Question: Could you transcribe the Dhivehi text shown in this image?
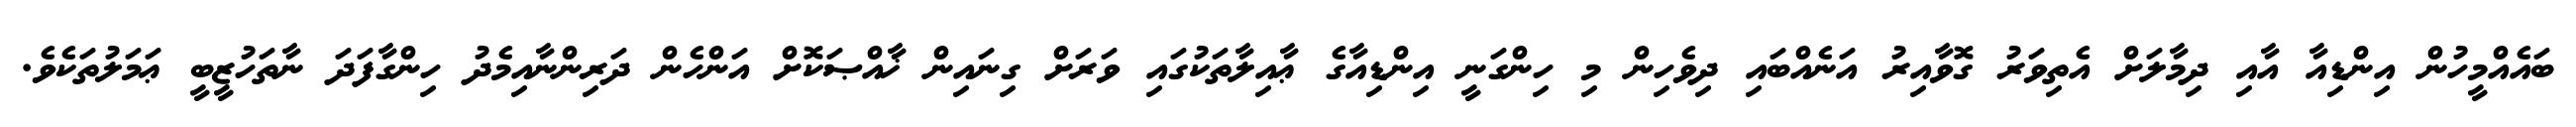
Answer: ބައެއްމީހުން އިންޑިއާ އާއި ދިމާލަށް އެތިވަރު ގޮވާއިރު އަނެއްބައި ދިވެހިން މި ހިންގަނީ އިންޑިއާގެ ޢާއިލާތަކުގައި ވަރަށް ގިނައިން ޚާއްޞަކޮށް އަންހެން ދަރިންނާއިމެދު ހިންގާފަދަ ނާތަހުޒީބީ ޢަމަލުތަކެވެ.